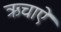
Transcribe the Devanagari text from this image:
ऋचाऐ